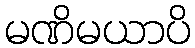
မဏိမယာပိ